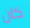
كان